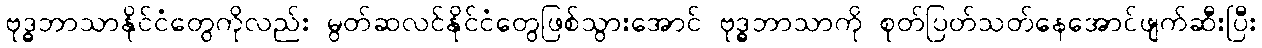
ဗုဒ္ဓဘာသာနိုင်ငံတွေကိုလည်း မွတ်ဆလင်နိုင်ငံတွေဖြစ်သွားအောင် ဗုဒ္ဓဘာသာကို စုတ်ပြတ်သတ်နေအောင်ဖျက်ဆီးပြီး